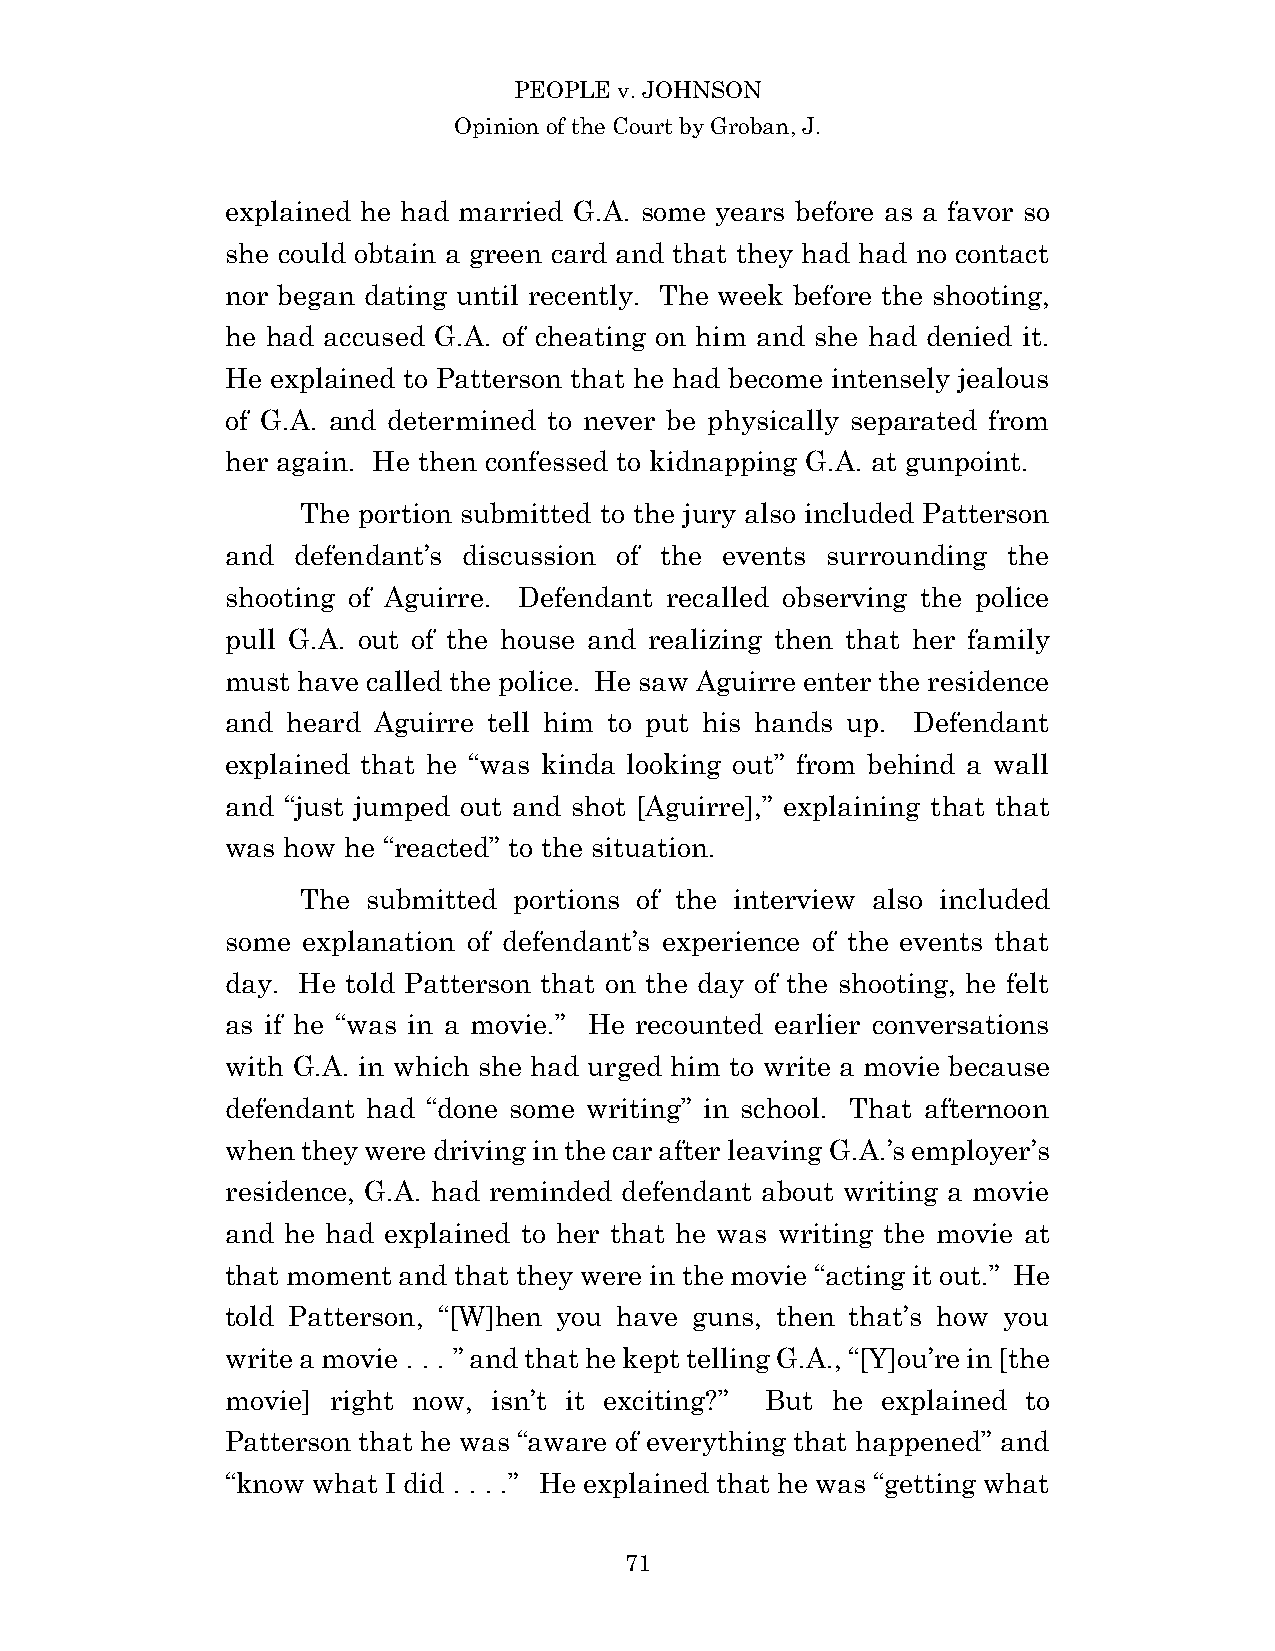
PEOPLE v. JOHNSON
 Opinion of the Court by Groban, J.
 explained he had married G.A. some years before as a favor so
 she could obtain a green card and that they had had no contact
 nor began dating until recently. The week before the shooting,
 he had accused G.A. of cheating on him and she had denied it.
 He explained to Patterson that he had become intensely jealous
 of G.A. and determined to never be physically separated from
 her again. He then confessed to kidnapping G.A. at gunpoint.
 The portion submitted to the jury also included Patterson
 and defendant’s discussion of the events surrounding the
 shooting of Aguirre. Defendant recalled observing the police
 pull G.A. out of the house and realizing then that her family
 must have called the police. He saw Aguirre enter the residence
 and heard Aguirre tell him to put his hands up. Defendant
 explained that he “was kinda looking out” from behind a wall
 and “just jumped out and shot [Aguirre],” explaining that that
 was how he “reacted” to the situation.
 The submitted portions of the interview also included
 some explanation of defendant’s experience of the events that
 day. He told Patterson that on the day of the shooting, he felt
 as if he “was in a movie.” He recounted earlier conversations
 with G.A. in which she had urged him to write a movie because
 defendant had “done some writing” in school. That afternoon
 when they were driving in the car after leaving G.A.’s employer’s
 residence, G.A. had reminded defendant about writing a movie
 and he had explained to her that he was writing the movie at
 that moment and that they were in the movie “acting it out.” He
 told Patterson, “[W]hen you have guns, then that’s how you
 write a movie . . . ” and that he kept telling G.A., “[Y]ou’re in [the
 movie] right now, isn’t it exciting?” But he explained to
 Patterson that he was “aware of everything that happened” and
 “know what I did . . . .” He explained that he was “getting what
 7 1